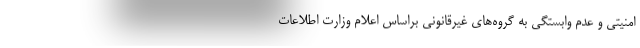
امنیتی و عدم وابستگی به گروه‌های غیرقانونی براساس اعلام وزارت اطلاعات